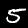
Label: 5